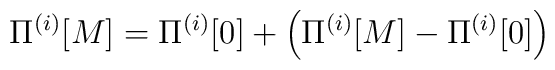
\Pi^{(i)}[M] = \Pi^{(i)}[0]  + \left( \Pi^{(i)}[M]-\Pi^{(i)}[0] \right)